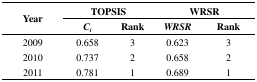
<table><thead><tr><td rowspan="2"><b>Year</b></td><td colspan="2"><b>TOPSIS</b></td><td colspan="2"><b>WRSR</b></td></tr><tr><td><b><i>C<sub>i</sub></i></b></td><td><b>Rank</b></td><td><b><i>WRSR</i></b></td><td><b>Rank</b></td></tr></thead><tbody><tr><td>2009</td><td>0.658</td><td>3</td><td>0.623</td><td>3</td></tr><tr><td>2010</td><td>0.737</td><td>2</td><td>0.658</td><td>2</td></tr><tr><td>2011</td><td>0.781</td><td>1</td><td>0.689</td><td>1</td></tr></tbody></table>